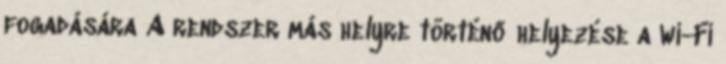
fogadására A rendszer más helyre történő helyezése a Wi-Fi